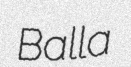
Balla